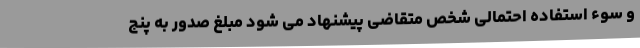
و سوء استفاده احتمالی شخص متقاضی پیشنهاد می شود مبلغ صدور به پنج